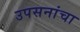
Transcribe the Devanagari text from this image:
उपसनांचा